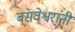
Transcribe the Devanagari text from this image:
बसवेश्वरांनी